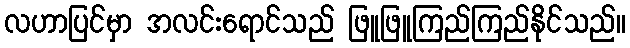
လဟာပြင်မှာ အလင်းရောင်သည် ဖြူဖြူကြည်ကြည်နိုင်သည်။